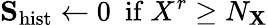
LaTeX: \mathbf{S}_{\mathrm{hist}}\leftarrow 0\ \ \mathrm{if}\ X^{r}\geq N_{\mathbf{X}}